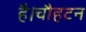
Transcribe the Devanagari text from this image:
है।चौहटन